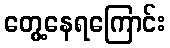
တွေ့နေရကြောင်း